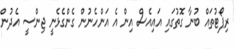
ރިޕޯޓުތައް ބުނާ ގޮތުގައި އައިއެސް އިން އެ އަންހެނުން ގެންގެޅެނީ ޖިންސީ އެދުން